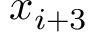
x _ { i + 3 }